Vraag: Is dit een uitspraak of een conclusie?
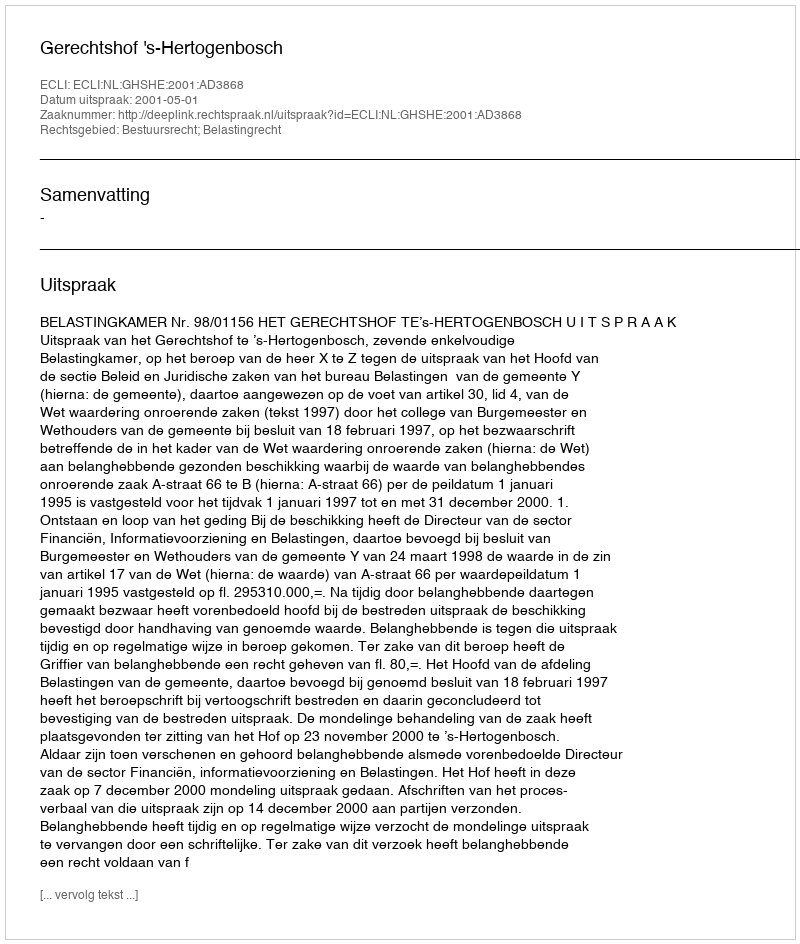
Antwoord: Uitspraak